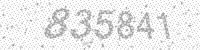
Solution: 835841